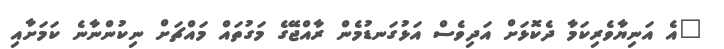
"އެ އަނިޔާވެރިކަމާ ދެކޮޅަށް އަދިވެސް އަޅުގަނޑުމެން ރާއްޖޭގެ މަގުތައް މައްޗަށް ނިކުންނާނެ ކަމަށާއި